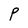
Character: P